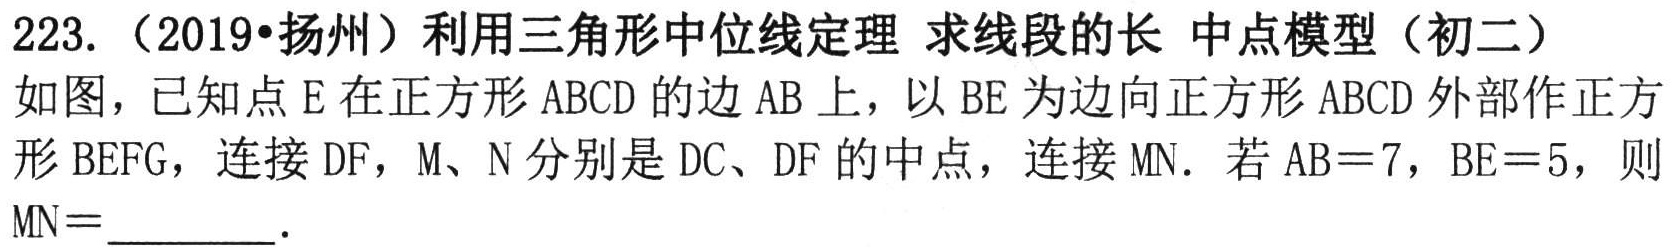
223.（2019•扬州）利用三角形中位线定理 求线段的长 中点模型（初二）
如图，已知点\(E\)在正方形\(ABCD\)的边\(AB\)上，以\(BE\)为边向正方形\(ABCD\)外部作正方形\(BEFG\)，连接\(DF\)，\(M、N\)分别是\(DC、DF\)的中点，连接\(MN\)．若\(AB = 7\)，\(BE = 5\)，则\(MN=\)________．